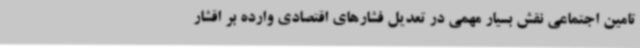
تامین اجتماعی نقش بسیار مهمی در تعدیل فشارهای اقتصادی وارده بر اقشار